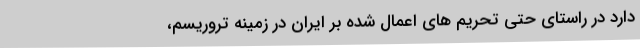
دارد در راستای حتی تحریم های اعمال شده بر ایران در زمینه تروریسم،